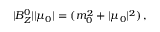
| B _ { Z } ^ { 0 } | | \mu _ { 0 } | = ( m _ { 0 } ^ { 2 } + | \mu _ { 0 } | ^ { 2 } ) \, ,